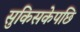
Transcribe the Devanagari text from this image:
सुकिसकेपछि